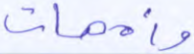
وأمهات